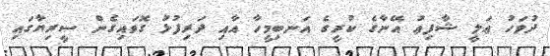
ދުވަހު ޢަލީ ޝާފިޢު އޭނާގެ ކުރީގެ އަނބިމީހާ އާއި ދަރިފުޅު ގޮވައިގެން ސީރިޔާގައި